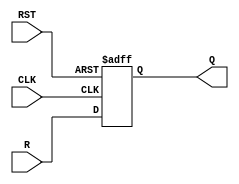
`timescale 1ns / 1ps

module register(
    input  [7:0]     R,
    input            RST,
    input            CLK,
    output reg [7:0] Q = 0
);


always@(posedge CLK or negedge RST)
begin
    if(!RST)
        Q <= 0;
    else
        Q <= R;
end
endmodule